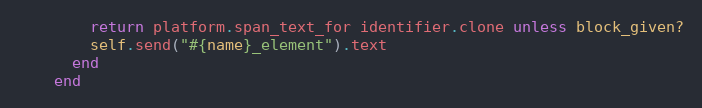
Language: Ruby
        return platform.span_text_for identifier.clone unless block_given?
        self.send("#{name}_element").text
      end
    end